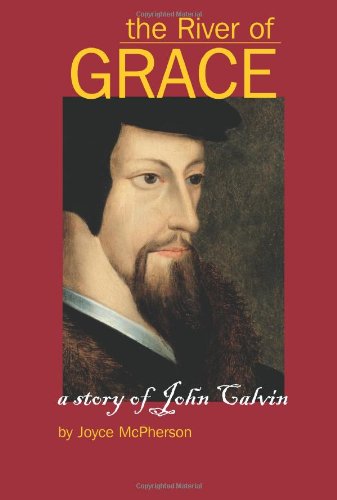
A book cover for The River of Grace: The Story of John Calvin; Joyce McPherson; Children's Books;